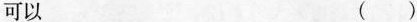
可以 ()